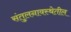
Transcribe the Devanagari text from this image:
संतुलनावस्थेतील